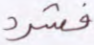
فشرد